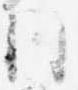
同